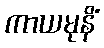
ကာယမုနိံ